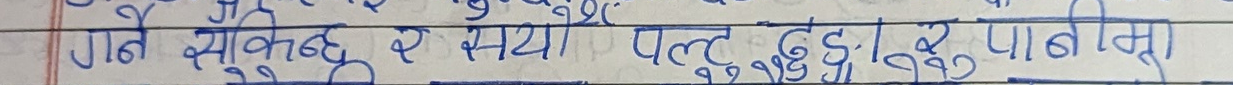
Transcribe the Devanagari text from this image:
गते शुक्रबार सन्ध्या पल्ट दुई र पा बन्नु